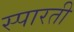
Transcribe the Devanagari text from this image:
स्पारती